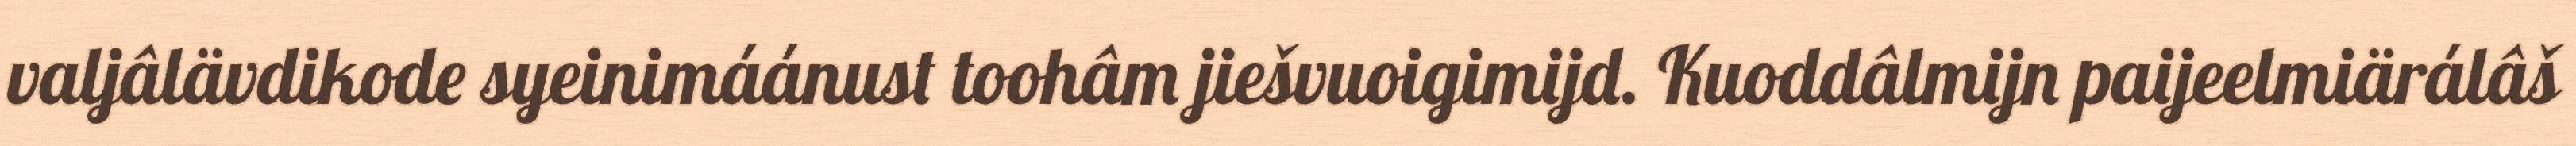
valjâlävdikode syeinimáánust toohâm jiešvuoigimijd. Kuoddâlmijn paijeelmiärálâš